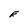
Character: E